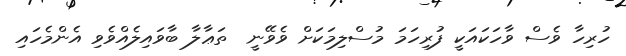
ހުރިހާ ވެސް ވާހަކައަކީ ފުރިހަމަ މުސްލިމަކަށް ވެވޭނީ  ތަޢާލާ ބާވައިލެއްވެވި އެންމެހައި